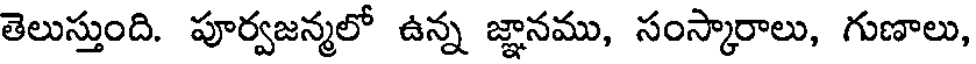
తెలుస్తుంది. పూర్వజన్మలో ఉన్న జ్ఞానము, సంస్కారాలు, గుణాలు,